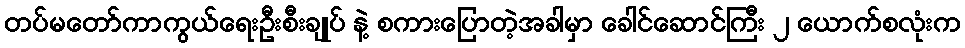
တပ်မတော်ကာကွယ်ရေးဦးစီးချုပ် နဲ့ စကားပြောတဲ့အခါမှာ ခေါင်ဆောင်ကြီး ၂ ယောက်စလုံးက